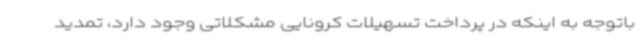
باتوجه به اینکه در پرداخت تسهیلات کرونایی مشکلاتی وجود دارد، تمدید